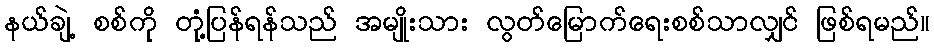
နယ်ချဲ့ စစ်ကို တုံ့ပြန်ရန်သည် အမျိုးသား လွတ်မြောက်ရေးစစ်သာလျှင် ဖြစ်ရမည်။